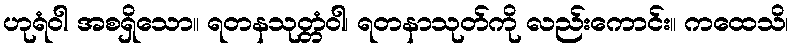
ဟုရံဝါ အစရှိသော။ ရတနသုတ္တံဝါ၊ ရတနာသုတ်ကို လည်းကောင်း။ ကထေသိ၊